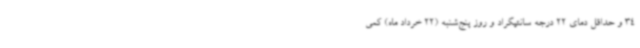
34 و حداقل دمای 22 درجه سانتیگراد و روز پنج‌شنبه (22 خرداد ماه) کمی